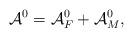
LaTeX: \begin{align*}{\cal A}^0 = {\cal A}^0_F + {\cal A}^0_M,\end{align*}